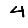
Digit: 4